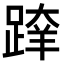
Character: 𨂨